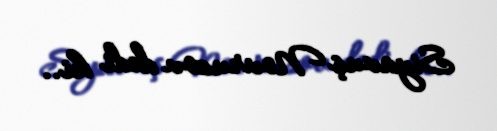
Siyavuş Novruzov dedi ki..